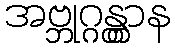
အဗ္ဘုဂ္ဂန္တွာန